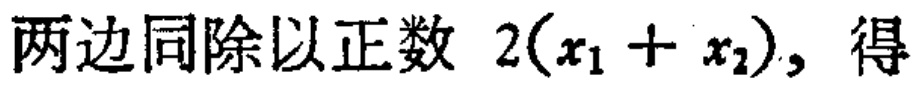
两边同除以正数 \(2(x_{1} + x_{2})\)，得